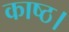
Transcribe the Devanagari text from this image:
काष्ठ।